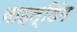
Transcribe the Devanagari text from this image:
वाइल्डिंग